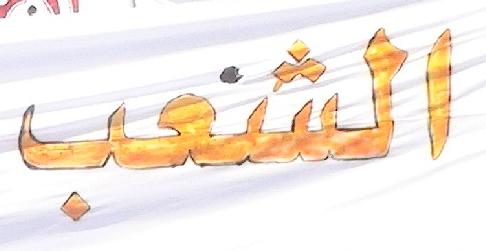
الشعب